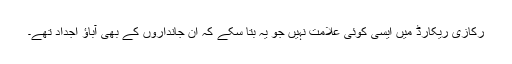
رکازی ریکارڈ میں ایسی کوئی علامت نہیں جو یہ بتا سکے کہ ان جانداروں کے بھی آباؤ اجداد تھے۔